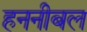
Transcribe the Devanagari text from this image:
हननीबल